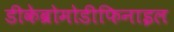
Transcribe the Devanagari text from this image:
डीकेब्रोमोडीफिनाइल